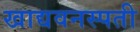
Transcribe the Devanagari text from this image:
खाद्यवनस्पती